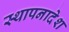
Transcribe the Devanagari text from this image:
स्थापनादेश